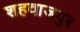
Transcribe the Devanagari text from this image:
शहवाजपुर